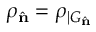
\rho _ { \hat { \mathbf { n } } } = \rho _ { | G _ { \hat { \mathbf { n } } } }